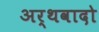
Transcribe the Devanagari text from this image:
अर्थवादो